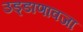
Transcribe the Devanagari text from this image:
उड्डाणावजा